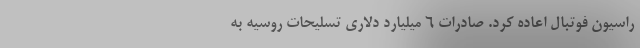
راسیون فوتبال اعاده کرد. صادرات ۶ میلیارد دلاری تسلیحات روسیه به